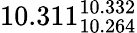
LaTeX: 10.311_{10.264}^{10.332}